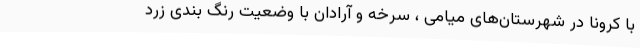
با کرونا در شهرستان‌های میامی ، سرخه و آرادان با وضعیت رنگ بندی زرد